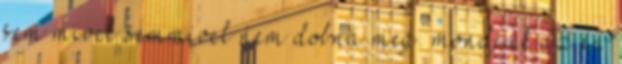
sem mivel semmivel nem dobná meg. mondjuk az én